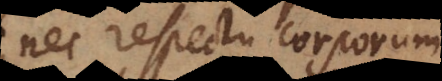
nec respectu corporum